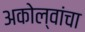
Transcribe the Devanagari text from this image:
अकोल्वांचा